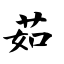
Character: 茹